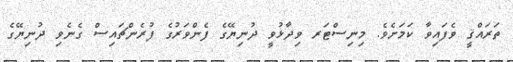
ތަރައްޤީ ވެފައިވާ ކަމަށެވެ. މިނިސްޓަރ ވިދާޅުވީ ދުނިޔޭގެ ފެންވަރުގެ ފުރެންޗައިސް ގެނެވި ދުނިޔޭގެ